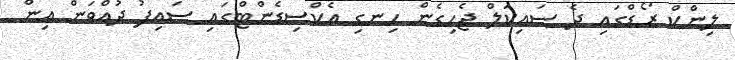
ލިންކް ރޯޑްގައި ދެ ސައިކަލް ޖެހިގެން ހިނގި އެކްސިޑެންޓްގައި ސައިފު ދުއްވަން އިން